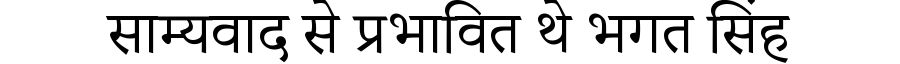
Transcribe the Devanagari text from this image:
साम्यवाद से प्रभावित थे भगत सिंह